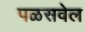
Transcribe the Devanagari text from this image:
पळसवेल